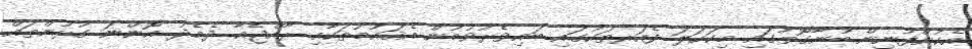
އެކުންފުނިން ބުނާގޮތުގައި މިކަހަލަ ފެއަރތަކުގައި ބައިވެރުވުމުން އެޤައުމުތަކާއި ރާއްޖެއާ ދެމެދު އޮންނަ ގުޅުންތައް